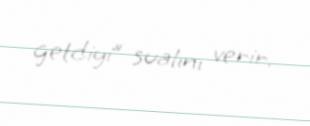
getdiyi” sualını verir.